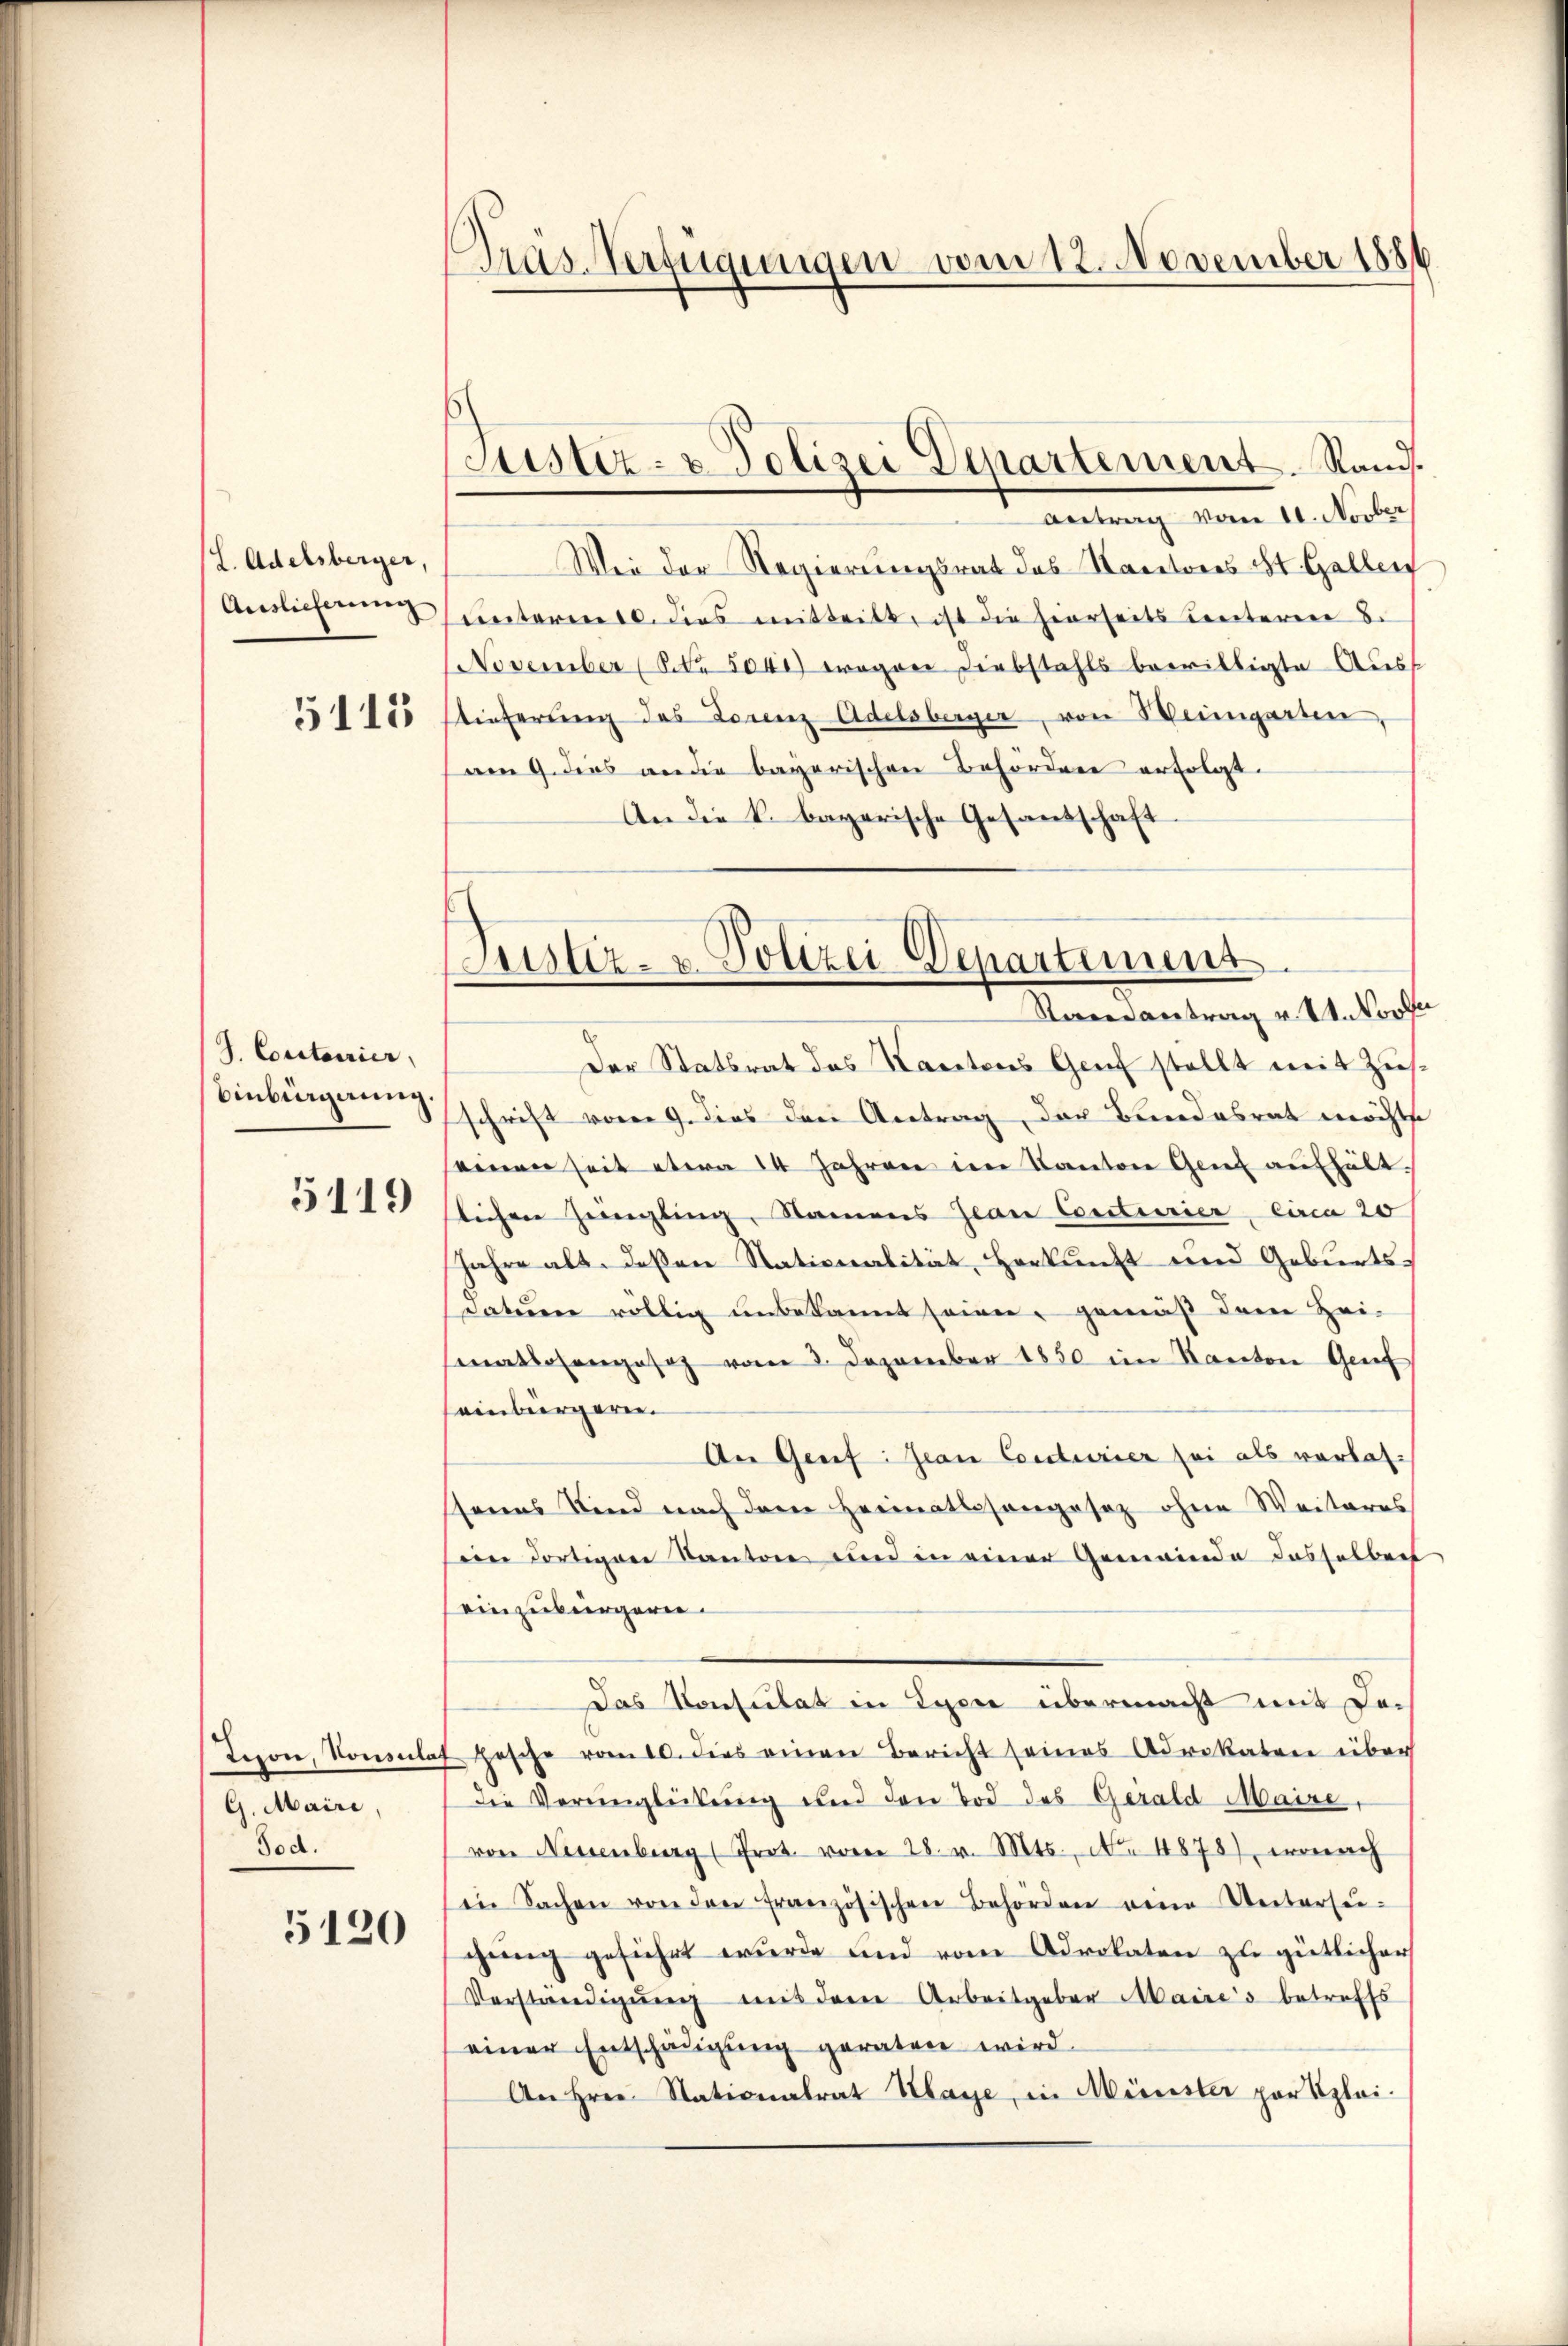
(L. Adelsberger,
Auslieferung

5115

d. Constaurier
Einbürgerung.

5119

G. Mairi,
Jod.

5120

Tras Verfügungen vom 12. November 1886

Sistiz- & Polizei Departement. Rand.
Antrag vom 11. Novber

Justiz- u. Polizei Departement
Randantrag v. M. Korff

Wie der Regierungsrat des Kantons St. Gallen
unterm 10. dies mitteilt ist die hierseits unteren 8.
NNovember (Nr. 5041) wogen Diebstahls bewilligte Ausf
tieferung des Lorenz Adelsberger, von Heimgarten,
am 9. dies an die bayerischen Behördere erfolgt.
An die k. bayerische Gesandschaft.
Der Statsrat des Kantons Genf stellt mit Zusschrift vom 9. dies drei Antrag, der Bundesrat möchte
einen seit etwa 14 Jahren im Kanton Genf aufhält.
lichen Zeingling, Namens Jean Conturier, Circa 20
Jahre alt. deßen Nationalität Herkunft und Geburtsdatum völlig unbekannt seien, gemäß dem Zei-
smatlosengesez vom 3. Dezember 1850 im Kanton Grief
seinbürgeren.
An Genf. Jean Conturier sei als verlas-
ssenes Kind nach dem Heimatssongesez ohne Weiteres
n dortigen Kanton und in einer Gemeinde dasselben
einzubürgern.
Das Konsulat in Lyone übermacht mit der
Tepone, Kononlaf Hasche vom 10. dies einen Bericht seines Advokaten über
die Verunglückung und den Tod des Gerald Maire,
von Neuenburg (Prot. vom 28. v. Mts., No 4878), wonach
in Sachen von den französischen Behörden eine Untersei-
gŭng geführt wurde und vom Advokaten zu gütlicher
Verständigŭng mit dem Arbeitgeber Maires betreffs
einer Entschädigung geraten wird.
An Hrn. Stationalrat Klage, in Münster por Klei¬